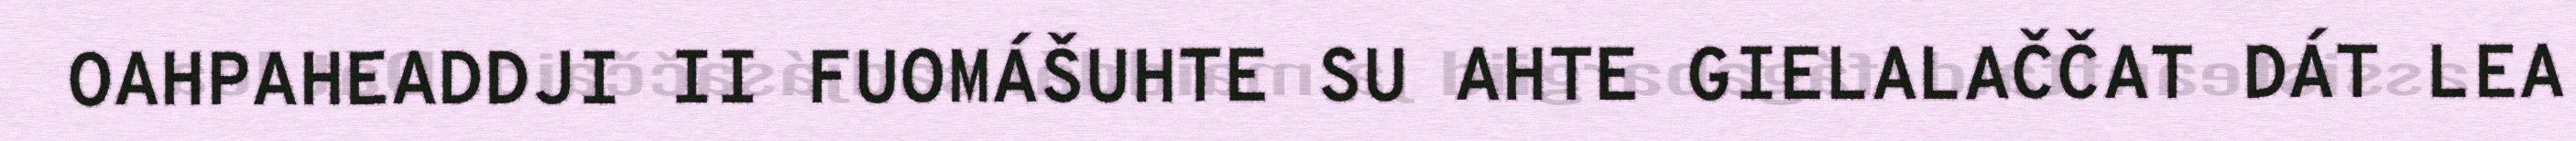
OAHPAHEADDJI II FUOMÁŠUHTE SU AHTE GIELALAČČAT DÁT LEA